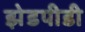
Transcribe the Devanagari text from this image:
झेडपीडी